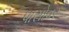
પાસોવર